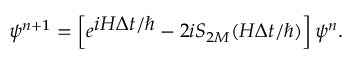
\psi ^ { n + 1 } = \left[ e ^ { \textstyle i H \Delta t / \hbar } - 2 i S _ { 2 M } ( H \Delta t / \hbar ) \right] \psi ^ { n } .